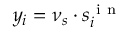
y _ { i } = \nu _ { s } \cdot s _ { i } ^ { \mathrm { ~ i ~ n ~ } }